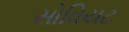
સોવિયટ